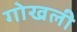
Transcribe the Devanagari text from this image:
गोखली